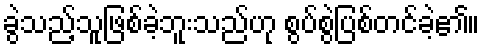
ခွဲသည့်သူဖြစ်ခဲ့ဘူးသည်ဟု စွပ်စွဲပြစ်တင်ခဲ့၏။